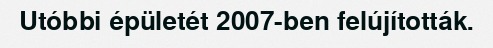
Utóbbi épületét 2007-ben felújították.